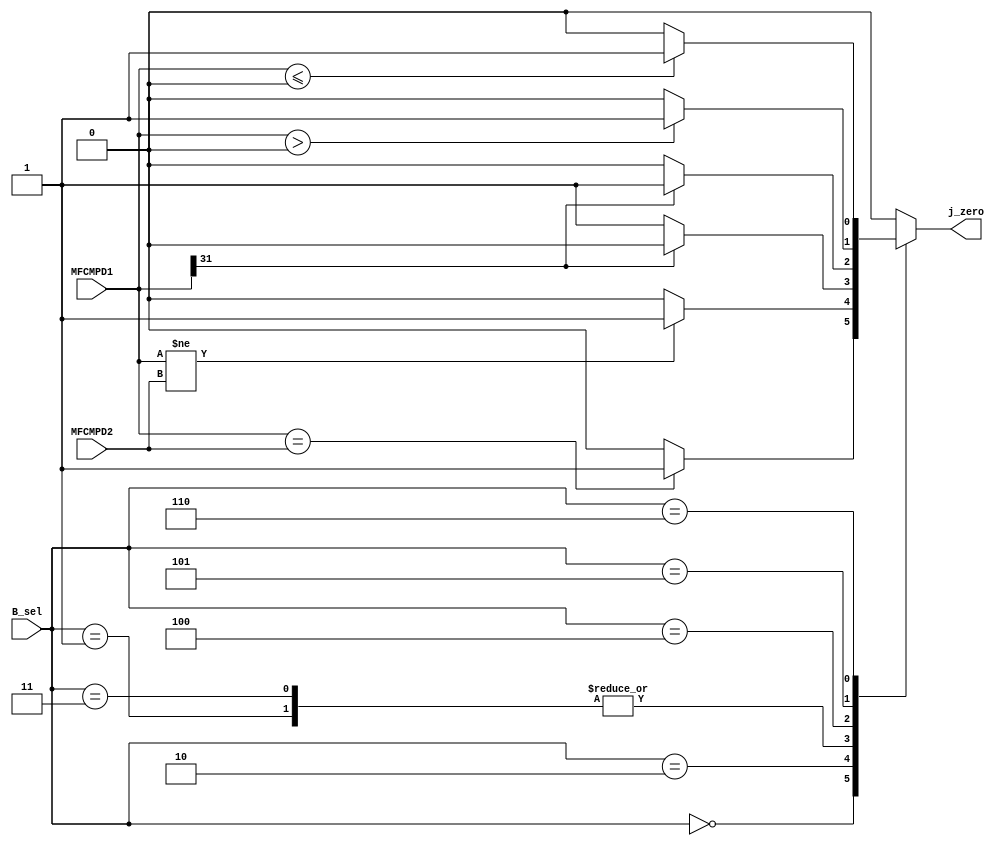
`timescale 1ns / 1ps
//////////////////////////////////////////////////////////////////////////////////
// Company: 
// Engineer: 
// 
// Design Name: 
// Module Name:    CMP 
// Project Name: 
// Target Devices: 
// Tool versions: 
// Description: 
//
// Dependencies: 
//
// Revision: 
// Revision 0.01 - File Created
// Additional Comments: 
//
//////////////////////////////////////////////////////////////////////////////////
module CMP(
    input [31:0] MFCMPD1,
    input [31:0] MFCMPD2,
    input [2:0] B_sel,//B
    output reg j_zero
    );
	 
	 always @* begin
	 case(B_sel)
	    0: begin //beq
		 if(MFCMPD1==MFCMPD2) j_zero = 1;
		 else j_zero = 0;
		 end
		 1: begin//bgezal
		 if(MFCMPD1[31]== 0) begin
		    j_zero = 1;
		 end
		 else begin
		    j_zero = 0;
		 end
		 end//1 end
		 2: begin//bne
		 if(MFCMPD1!=MFCMPD2) j_zero = 1;
		 else j_zero = 0;
		 end
		 3: begin//bgez
		 if(MFCMPD1[31]== 0) begin
		    j_zero = 1;
		 end
		 else begin
		    j_zero = 0;
		 end
		 end
		 4: begin//bltz
		 if(MFCMPD1[31]== 1) begin
		    j_zero = 1;
		 end
		 else begin
		    j_zero = 0;
		 end
		 end
		 5: begin//bgtz
		 if($signed(MFCMPD1)>0) begin
		    j_zero = 1;
		 end
		 else begin
		    j_zero = 0;
		 end
		 end
		 6: begin//blez
		  if($signed(MFCMPD1)<=0) begin
		     j_zero = 1;
		  end
		  else begin
		     j_zero = 0;
		  end
		 end
		 default: begin
		 j_zero = 0;
		 end
	 endcase
	 end


endmodule